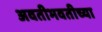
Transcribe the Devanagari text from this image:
अवतीभवतीच्या